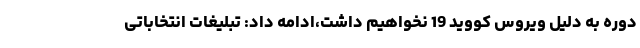
دوره به دلیل ویروس کووید 19 نخواهیم داشت،ادامه داد: تبلیغات انتخاباتی